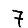
Digit: 7